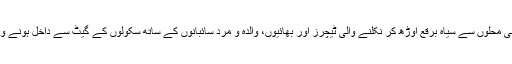
ویلیوز کی حفاظت بذریعہ ناقص تعلیمی نظام بھی چل رہی تھی، کیونکہ گلی محلوں سے سیاہ برقع اوڑھ کر نکلنے والی ٹیچرز اور بھائیوں، والدہ و مرد سائبانوں کے ساتھ سکولوں کے گیٹ سے داخل ہونے والی بچیوں کو TNT فون پر بھی تنہائی میں بات کرنے کی اجازت نہ تھی۔